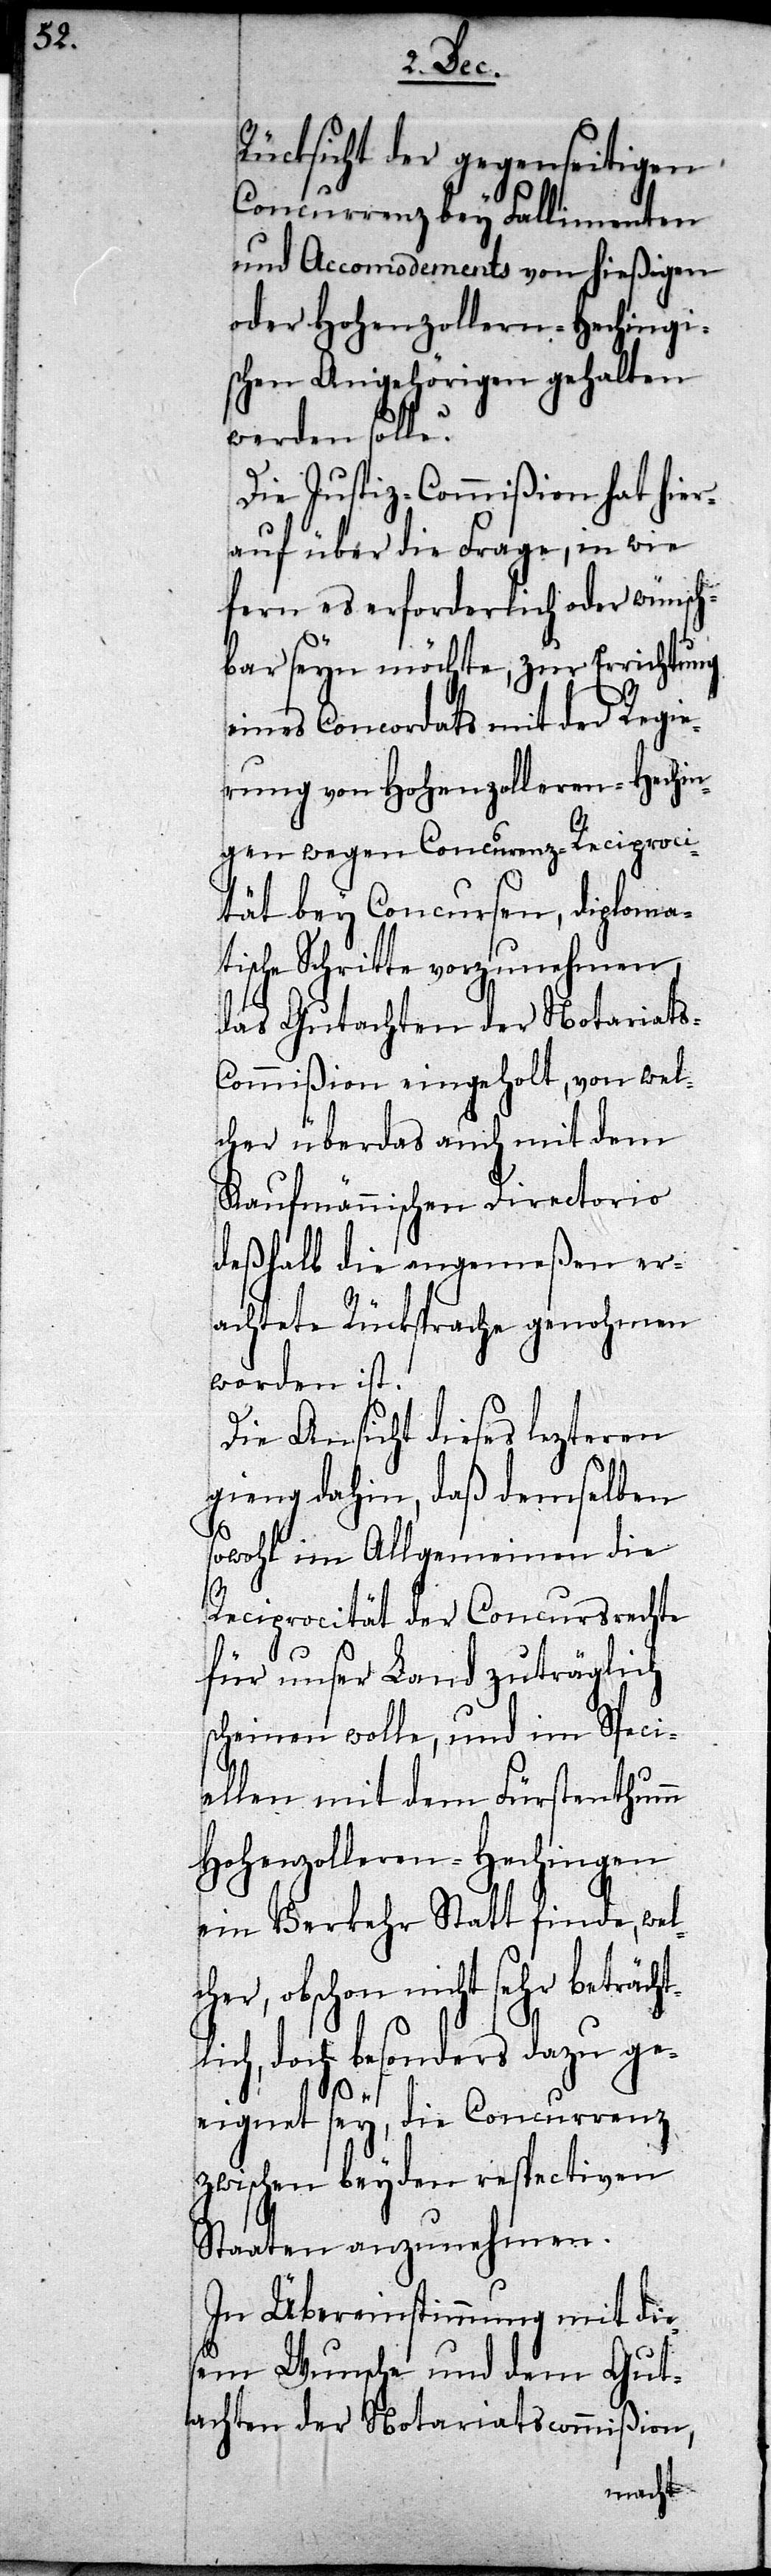
Rücksicht der gegenseitigen
Concurrenz bey Fallimenten
und Accomodements von hießigen
oder Hohenzollern-Hechingi¬
schen Angehörigen gehalten
werden solle?
Die Justiz-Commißion hat hier¬
auf über die Frage, in wie
fern es erforderlich oder wünsch¬
bar seyn möchte, zur Errichtung
eines Concordats mit der Regie¬
rung von Hohenzollern-Hechin¬
gen wegen Concurrenz-Reciproci¬
tät bey Concursen, diploma¬
tische Schritte vorzunehmen,
das Gutachten der Notariat¬
s-Commißion eingeholt, von wel¬
cher überdas auch mit dem
Kaufmännischen Directorio
deßhalb die angemeßen er¬
achtete Rücksprache genohmen
worden ist.
Die Ansicht dieses lezteren
gieng dahin, daß demselben
sowohl im Allgemeinen die
Reciprocität der Concursrechte
für unser Land zuträglich
scheinen wolle, und im Speci¬
ellen mit dem Fürstenthumm
Hohenzolleren-Hechingen
ein Verkehr Statt finde, wel¬
cher, obschon nicht sehr beträcht¬
lich, doch besonders dazu ge¬
eignet sey, die Concurrenz
zwischen beyden respectiven
Staaten anzunehmen.
In Übereinstimmung mit die¬
sem Wunsche und dem Gut¬
achten der Notariatscommißion,